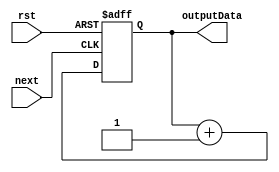
module pc(next, rst, outputData);

	input next, rst;
	output reg [9:0] outputData;
	
	initial begin
		outputData = 0;
	end

	always @ (posedge next or posedge rst) begin
		if(rst) outputData = 0;
		else outputData = outputData + 10'd1;
	end

endmodule